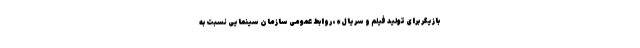
بازیگر برای تولید فیلم و سریال»، روابط عمومی سازمان سینمایی نسبت به